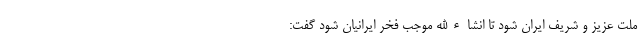
ملت عزیز و شریف ایران شود تا انشاءالله موجب فخر ایرانیان شود گفت: